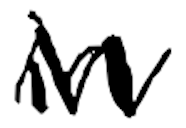
Text: in
Cross-out: zig-zag
Writing tool: digital_black